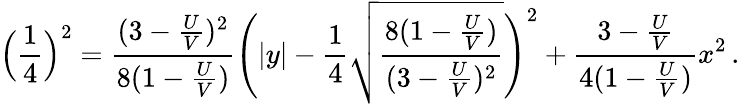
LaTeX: \Big(\frac{1}{4}\Big)^{2}=\frac{(3-\frac{U}{V})^{2}}{8(1-\frac{U}{V})}\Bigg(|y|-\frac{1}{4}\sqrt{\frac{8(1-\frac{U}{V})}{(3-\frac{U}{V})^{2}}}\Bigg)^{2}+\frac{3-\frac{U}{V}}{4(1-\frac{U}{V})}x^{2}\, .